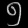
Digit: ၅